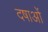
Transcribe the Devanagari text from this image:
दषाओं